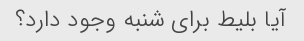
آیا بلیط برای شنبه وجود دارد؟